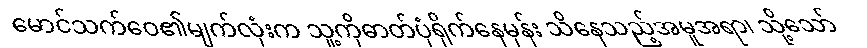
မောင်သက်ဝေ၏မျက်လုံးက သူ့ကိုဓာတ်ပုံရိုက်နေမှန်း သိနေသည့်အမူအရာ၊ သို့သော်